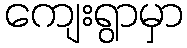
ကျေးရွာမှာ